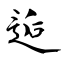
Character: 逅